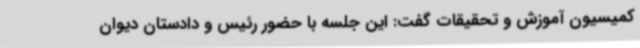
کمیسیون آموزش و تحقیقات گفت: این جلسه با حضور رئیس و دادستان دیوان